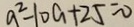
a ^ { 2 } - 1 0 a + 2 5 = 0